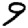
Digit: 9